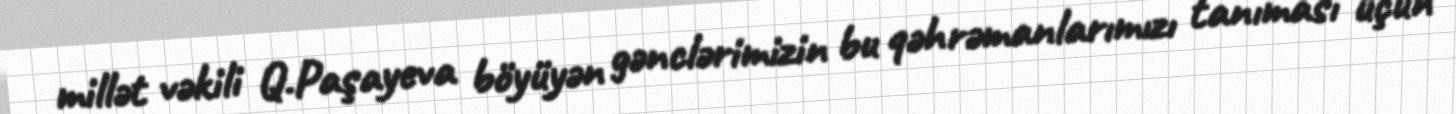
millət vəkili Q.Paşayeva böyüyən gənclərimizin bu qəhrəmanlarımızı tanıması üçün